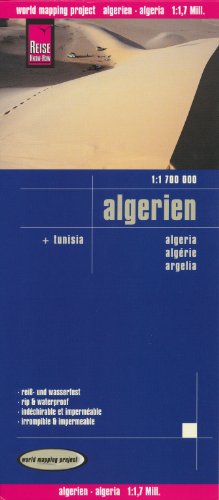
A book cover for Algeria & Tunisia 1:1,700,000 Travel Map, waterproof, GPS-compatible, REISE; Reise Knowhow; Travel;